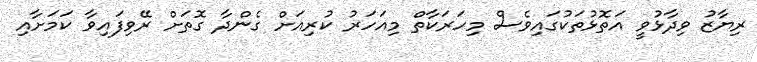
ރިޔާޒު ވިދާޅުވީ އަތޮޅުތަކުގައިވެސް މިހަރަކާތް މިއަހަރު ކުރިއަށް ގެންދާ ގޮތަށް ރޭވިފައިވާ ކަމަށާއި